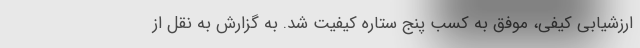
ارزشیابی کیفی، موفق به کسب پنج ستاره کیفیت شد. به گزارش به نقل از